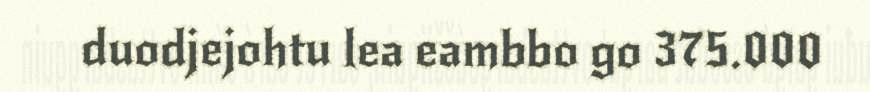
duodjejohtu lea eambbo go 375.000